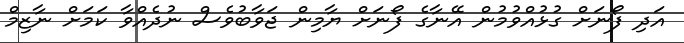
އަދި ފޯނަށް ގުޅުއްވުމުން އޭނާގެ ފޯނަށް ޔާމިން ޖަވާބުވެސް ނުދެއްވާ ކަމަށް ނާޒިމް